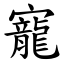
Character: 寵